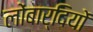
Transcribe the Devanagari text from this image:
लोंबार्दियों